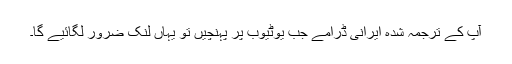
آپ کے ترجمہ شدہ ایرانی ڈرامے جب یوٹیوب پر پہنچیں تو یہاں لنک ضرور لگائیے گا۔